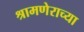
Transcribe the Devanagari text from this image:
श्रामणेराच्या